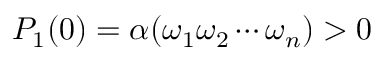
P _ { 1 } ( 0 ) = \alpha ( \omega _ { 1 } \omega _ { 2 } \cdots \omega _ { n } ) > 0